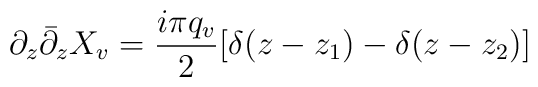
\partial_z {\bar \partial}_z X_v = {i \pi q_v \over 2} [ \delta(z - z_1) -\delta(z - z_2)]